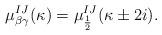
LaTeX: \begin{align*}\mu_{\beta\gamma}^{IJ}(\kappa)=\mu^{IJ}_{\frac12}(\kappa\pm 2i).\end{align*}